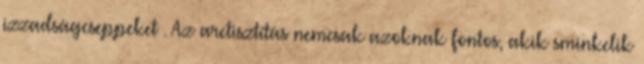
izzadságcseppeket . Az arctisztítás nemcsak azoknak fontos, akik sminkelik